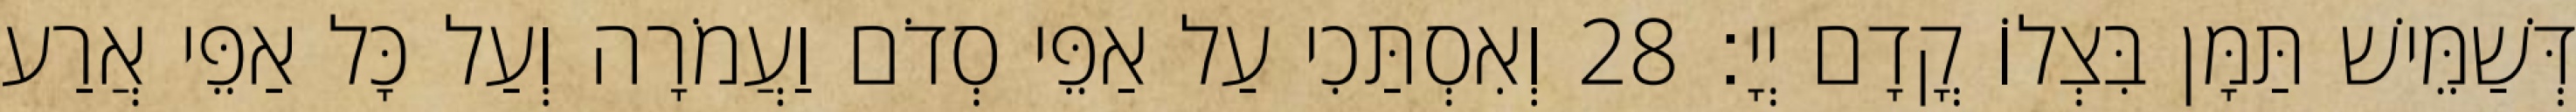
דְּשַׁמֵּישׁ תַּמָּן בִּצְלוֹ קֳדָם יְיָ׃ 28 וְאִסְתַּכִי עַל אַפֵּי סְדֹם וַעֲמֹרָה וְעַל כָּל אַפֵּי אֲרַע